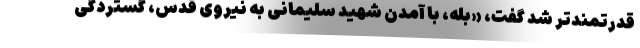
قدرتمندتر شد گفت، «بله، با آمدن شهید سلیمانی به نیروی قدس، گستردگی